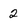
Character: 2